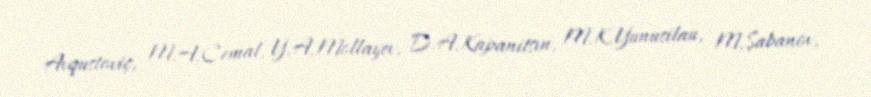
Avqustoviç, M.A.Cemal, Y.A.Mollayev, D.A.Kapanitsın, M.K.Yunusilau, M.Şabanov,